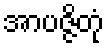
အာပဇ္ဇိတုံ